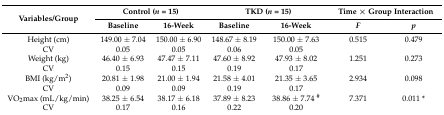
| <ROWSPAN=2> Variables/Group | <COLSPAN=2> Control (n = 15) | <COLSPAN=2> TKD (n = 15) | <COLSPAN=2> Time × Group Interaction |
 | Baseline | 16-Week | Baseline | 16-Week | F | p |
 | --- | --- | --- | --- | --- | --- | --- |
 | Height (cm) | 149.00 ± 7.04 | 150.00 ± 6.90 | 148.67 ± 8.19 | 150.00 ± 7.63 | 0.515 | 0.479 |
 | CV | 0.05 | 0.05 | 0.06 | 0.05 |  |  |
 | Weight (kg) | 46.40 ± 6.93 | 47.47 ± 7.11 | 47.60 ± 8.92 | 47.93 ± 8.02 | 1.251 | 0.273 |
 | CV | 0.15 | 0.15 | 0.19 | 0.17 |  |  |
 | BMI (kg/m2) | 20.81 ± 1.98 | 21.00 ± 1.94 | 21.58 ± 4.01 | 21.35 ± 3.65 | 2.934 | 0.098 |
 | CV | 0.09 | 0.09 | 0.19 | 0.17 |  |  |
 | VO2max (mL/kg/min) | 38.25 ± 6.54 | 38.17 ± 6.18 | 37.89 ± 8.23 | 38.86 ± 7.74 # | 7.371 | 0.011 * |
 | CV | 0.17 | 0.16 | 0.22 | 0.20 |  |  |